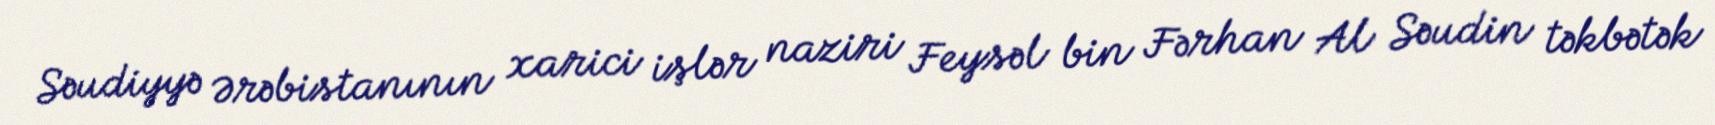
Səudiyyə Ərəbistanının xarici işlər naziri Feysəl bin Fərhan Al Səudin təkbətək